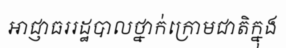
អាជ្ញាធររដ្ឋបាលថ្នាក់ក្រោមជាតិក្នុង